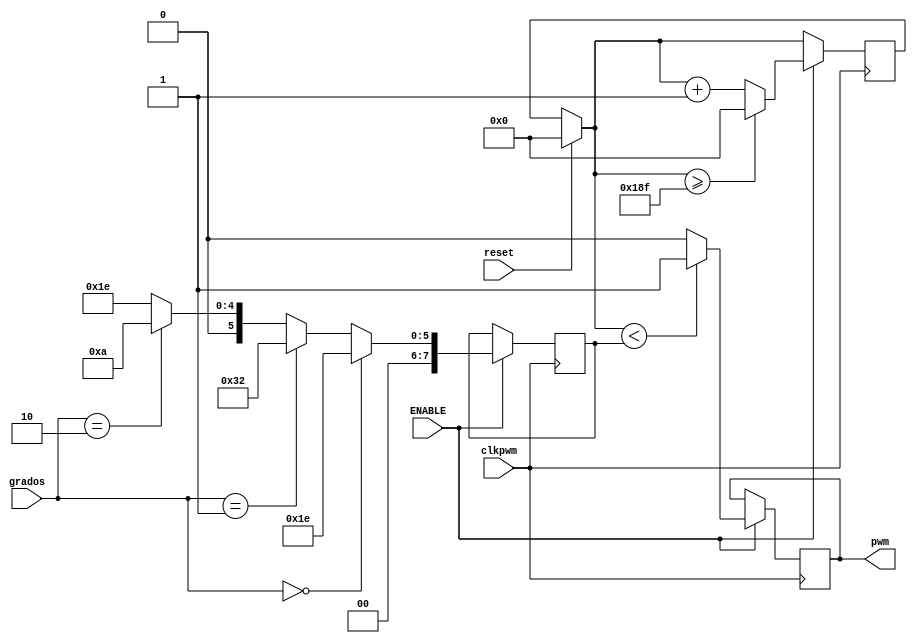
`timescale 1ns / 1ps
//////////////////////////////////////////////////////////////////////////////////
// Company: 
// Engineer: 
// 
// Design Name: 
// Module Name: PWM
// Project Name: 
// Target Devices: 
// Tool Versions: 
// Description: 
// 
// Dependencies: 
// 
// Revision:
// Revision 0.01 - File Created
// Additional Comments:
// 
//////////////////////////////////////////////////////////////////////////////////


module PWM#(
parameter top=400)  //20ms con el clk
( 
  output reg pwm=0,
  input  [1:0] grados, 
  input ENABLE,
  input reset,
  input clkpwm
    );
reg [10:0] contador;
reg [7:0] ancho;
initial
begin
contador=0;
ancho=30;
end
	always@(posedge clkpwm)
    begin 
      
    if(reset==1)begin 
    contador=0; end
    
 if(ENABLE==1)
  begin  
        contador<=contador+1;
    
  
        if(grados==2'b00) begin
         ancho<=30; end               //numero de ciclos de reloj para hacer 1.5ms
        else if(grados==2'b01) begin
         ancho<=50; end                //numero de ciclos de reloj para hacer 2ms
        else if(grados==2'b10) begin
         ancho<=10; end                //numero de ciclos de reloj para hacer 1ms
        else begin
         ancho<=30; end 
         
        //Creacin del pulso modulado      
        if(contador<ancho) begin 
        pwm<=1; end
        else if(contador>=ancho) begin
        pwm<=0; end 
        else  begin
        pwm<=0; end
    
        if(contador>=top-1)begin 
        contador<=0; end
                                                       
  end  
    
end    
endmodule